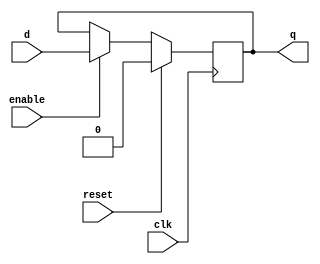
module d_flip_flop (
    input wire clk,
    input wire reset,
    input wire d,
    input wire enable,
    output reg q
);

always @(posedge clk) begin
    if (reset) begin
        q <= 1'b0; // Define the reset state here
    end else if (enable) begin
        q <= d;
    end
end

endmodule